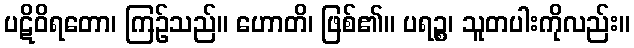
ပဋိဝိရတော၊ ကြဉ်သည်။ ဟောတိ၊ ဖြစ်၏။ ပရဉ္စ၊ သူတပါးကိုလည်း။